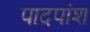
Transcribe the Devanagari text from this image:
पादपांश